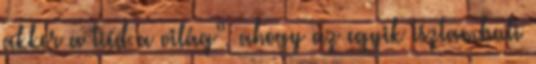
akkor a tiéd a világ”, ahogy az egyik isztambuli